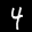
Label: 4